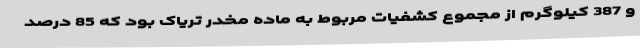
و 387 کیلوگرم از مجموع کشفیات مربوط به ماده مخدر تریاک بود که 85 درصد